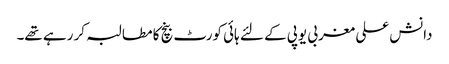
دانش علی مغربی یوپی کے لئے ہائی کورٹ بنچ کا مطالبہ کر رہے تھے۔